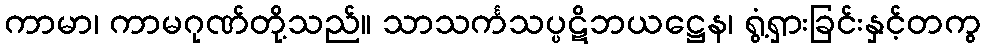
ကာမာ၊ ကာမဂုဏ်တို့သည်။ သာသင်္ကသပ္ပဋိဘယဋ္ဌေန၊ ရွံ့ရှားခြင်းနှင့်တကွ